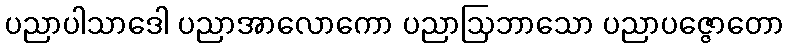
ပညာပါသာဒေါ ပညာအာလောကော ပညာဩဘာသော ပညာပဇ္ဇောတော